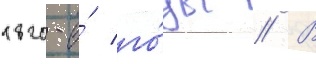
1820-е́ го́ды // В